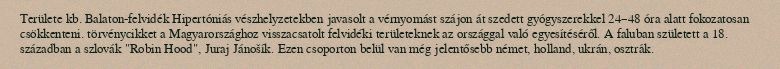
Területe kb. Balaton-felvidék Hipertóniás vészhelyzetekben javasolt a vérnyomást szájon át szedett gyógyszerekkel 24–48 óra alatt fokozatosan csökkenteni. törvénycikket a Magyarországhoz visszacsatolt felvidéki területeknek az országgal való egyesítéséről. A faluban született a 18. században a szlovák "Robin Hood", Juraj Jánošík. Ezen csoporton belül van még jelentősebb német, holland, ukrán, osztrák.